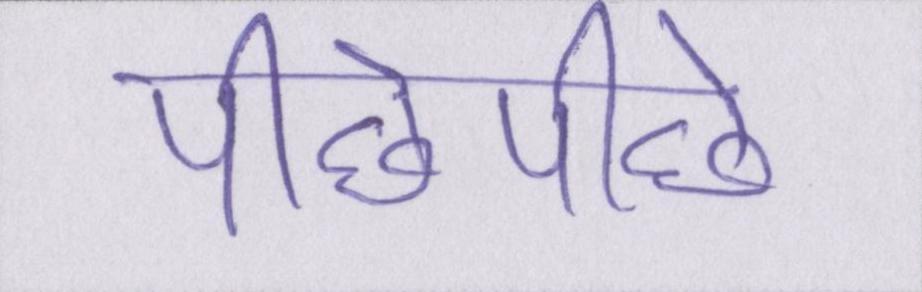
पीछेपीछे